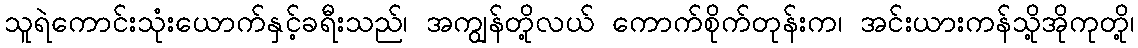
သူရဲကောင်းသုံးယောက်နှင့်ခရီးသည်၊ အကျွန်တို့လယ် ကောက်စိုက်တုန်းက၊ အင်းယားကန်သို့အိုကုတို့၊